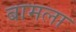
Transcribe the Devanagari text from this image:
बामला